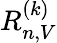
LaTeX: R_{n,V}^{(k)}